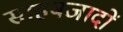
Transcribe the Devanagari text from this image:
साहबजादों